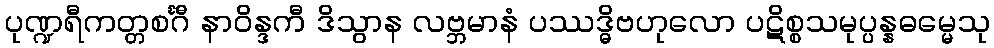
ပုဏ္ဍရီကတ္တစင်္ဂီ နာဝိန္ဒကီ ဒိသွာန လဗ္ဘမာနံ ပဿဒ္ဓိဗဟုလော ပဋိစ္စသမုပ္ပန္နဓမ္မေသု